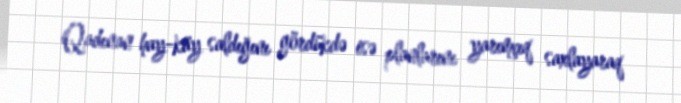
Qadınan hay-küy saldığını gördükdə isə planlarını yarımçıq saxlayaraq